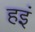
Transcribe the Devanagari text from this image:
हइं